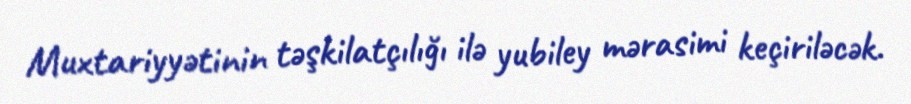
Muxtariyyətinin təşkilatçılığı ilə yubiley mərasimi keçiriləcək.